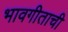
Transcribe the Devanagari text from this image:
भावगीताची